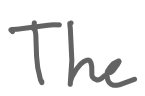
Text: The
Cross-out: clean
Writing tool: digital_gray